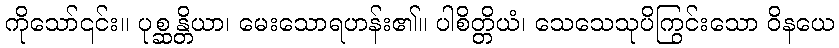
ကိုသော်၎င်း။ ပုစ္ဆန္တိယာ၊ မေးသောရဟန်း၏။ ပါစိတ္တိယံ၊ သေသေသုပိကြွင်းသော ဝိနယေ